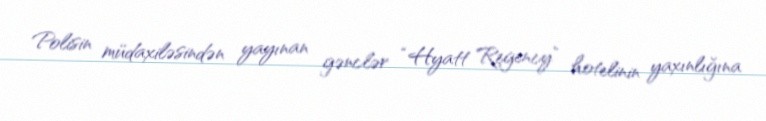
Polisin müdaxiləsindən yayınan gənclər “Hyatt Regency” hotelinin yaxınlığına